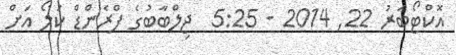
އޮކްޓޯބަރު 22